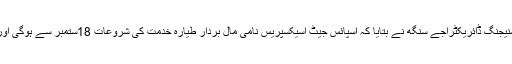
اسپائس جیٹ کے صدر اور چیئرمین اور منیجنگ ڈائریکٹراجے سنگھ نے بتایا کہ اسپائس جیٹ اسیکسپریس نامی مال بردار طیارہ خدمت کی شروعات 18ستمبر سے ہوگی اور اس کیلئے بوئنگ 737لیز پر لیا گیا ہے۔